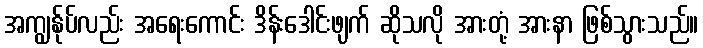
အကျွန်ုပ်လည်း အရေးကောင်း ဒိန်းဒေါင်းဖျက် ဆိုသလို အားတုံ့ အားနာ ဖြစ်သွားသည်။